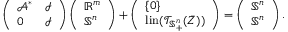
\left( \begin{array} { l l } { \mathcal { A } ^ { * } } & { \mathcal { I } } \\ { 0 } & { \mathcal { I } } \end{array} \right) \left( \begin{array} { l } { \mathbb { R } ^ { m } } \\ { \mathbb { S } ^ { n } } \end{array} \right) + \left( \begin{array} { l } { \{ 0 \} } \\ { \mathrm { l i n } ( \mathcal { T } _ { \mathbb { S } _ { + } ^ { n } } ( \bar { Z } ) ) } \end{array} \right) = \left( \begin{array} { l } { \mathbb { S } ^ { n } } \\ { \mathbb { S } ^ { n } } \end{array} \right) .